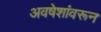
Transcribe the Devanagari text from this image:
अवषेशांवरून